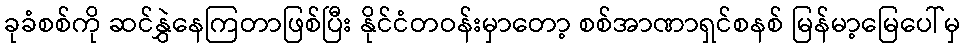
ခုခံစစ်ကို ဆင်နွှဲနေကြတာဖြစ်ပြီး နိုင်ငံတဝန်းမှာတော့ စစ်အာဏာရှင်စနစ် မြန်မာ့မြေပေါ်မှ